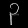
Digit: ၃